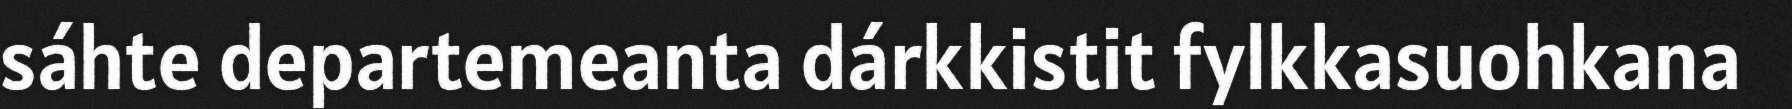
sáhte departemeanta dárkkistit fylkkasuohkana